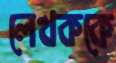
লেখককে